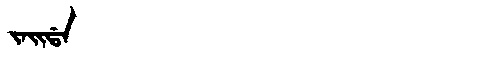
Manchu: ᠵᠠᡳᡩᠠ
Romanization: JAIDA